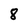
Character: 8